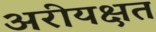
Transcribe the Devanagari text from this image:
अरीयक्षत